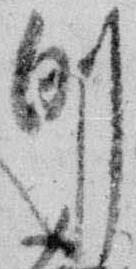
例